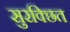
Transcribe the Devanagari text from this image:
सुरक्छित